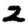
Digit: 2